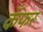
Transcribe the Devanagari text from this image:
कँफर